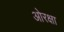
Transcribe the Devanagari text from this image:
ओरक्षा